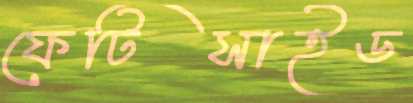
ফেটিসাইড